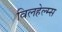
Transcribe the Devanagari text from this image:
विलहेल्म्स